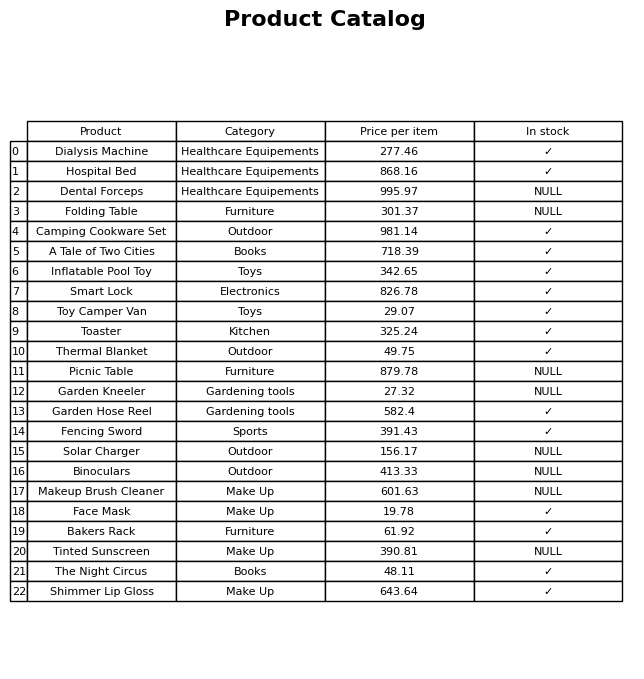
question: What category does the Dialysis Machine belong to?
answer: Healthcare Equipements